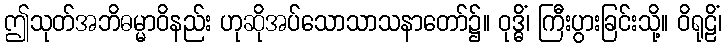
ဤသုတ်အဘိဓမ္မာဝိနည်း ဟုဆိုအပ်သောသာသနာတော်၌။ ဝုဒ္ဓိံ၊ ကြီးပွားခြင်းသို့။ ဝိရုဠိံ၊